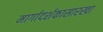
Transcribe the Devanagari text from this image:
मार्गादर्शकासारखा